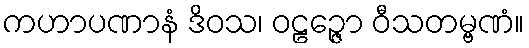
ကဟာပဏာနံ ဒိဝသ၊ ဝဠဉ္ဇော ဝီသတမ္ဗဏံ။